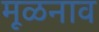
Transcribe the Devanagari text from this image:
मूळनाव